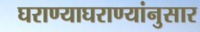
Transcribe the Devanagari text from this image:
घराण्याघराण्यांनुसार